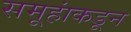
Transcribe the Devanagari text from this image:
समूहांकडून